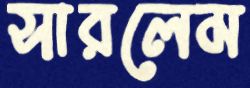
সারলেম